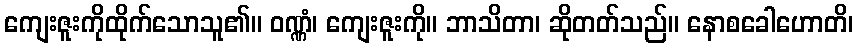
ကျေးဇူးကိုထိုက်သောသူ၏။ ဝဏ္ဏံ၊ ကျေးဇူးကို။ ဘာသိတာ၊ ဆိုတတ်သည်။ နောစခေါဟောတိ၊